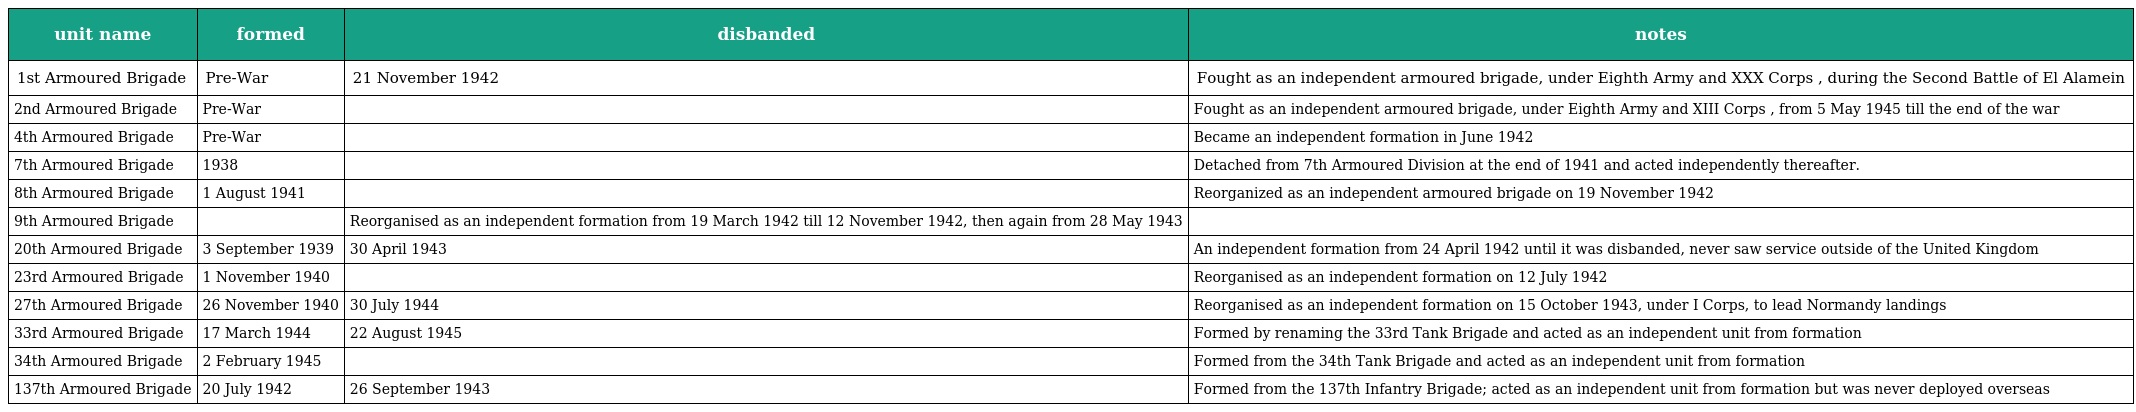
| unit name | formed | disbanded | notes |
 | --- | --- | --- | --- |
 | 1st Armoured Brigade | Pre-War | 21 November 1942 | Fought as an independent armoured brigade, under Eighth Army and XXX Corps , during the Second Battle of El Alamein |
 | 2nd Armoured Brigade | Pre-War |  | Fought as an independent armoured brigade, under Eighth Army and XIII Corps , from 5 May 1945 till the end of the war |
 | 4th Armoured Brigade | Pre-War |  | Became an independent formation in June 1942 |
 | 7th Armoured Brigade | 1938 |  | Detached from 7th Armoured Division at the end of 1941 and acted independently thereafter. |
 | 8th Armoured Brigade | 1 August 1941 |  | Reorganized as an independent armoured brigade on 19 November 1942 |
 | 9th Armoured Brigade |  | Reorganised as an independent formation from 19 March 1942 till 12 November 1942, then again from 28 May 1943 |  |
 | 20th Armoured Brigade | 3 September 1939 | 30 April 1943 | An independent formation from 24 April 1942 until it was disbanded, never saw service outside of the United Kingdom |
 | 23rd Armoured Brigade | 1 November 1940 |  | Reorganised as an independent formation on 12 July 1942 |
 | 27th Armoured Brigade | 26 November 1940 | 30 July 1944 | Reorganised as an independent formation on 15 October 1943, under I Corps, to lead Normandy landings |
 | 33rd Armoured Brigade | 17 March 1944 | 22 August 1945 | Formed by renaming the 33rd Tank Brigade and acted as an independent unit from formation |
 | 34th Armoured Brigade | 2 February 1945 |  | Formed from the 34th Tank Brigade and acted as an independent unit from formation |
 | 137th Armoured Brigade | 20 July 1942 | 26 September 1943 | Formed from the 137th Infantry Brigade; acted as an independent unit from formation but was never deployed overseas |